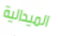
الميدالية